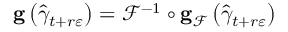
\mathbf { g } \left( \widehat { \gamma } _ { t + r \varepsilon } \right) = \mathcal { F } ^ { - 1 } \circ \mathbf { g } _ { \mathcal { F } } \left( \widehat { \gamma } _ { t + r \varepsilon } \right)